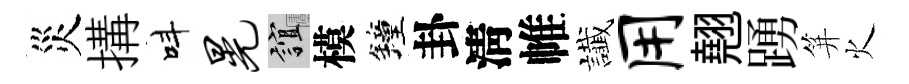
災搆呌晃誼模鐘卦淸帷䜟用翹踴笄火